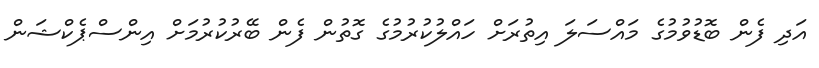
އަދި ފެން ބޮޑުވުމުގެ މައްސަލަ އިތުރަށް ހައްލުކުރުމުގެ ގޮތުން ފެން ބޭރުކުރުމަށް އިންސްޕެކްޝަން